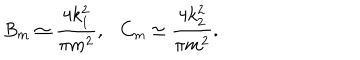
B _ { m } \simeq \frac { 4 k _ { 1 } ^ { 2 } } { \pi m ^ { 2 } } , \ \ \ C _ { m } \simeq \frac { 4 k _ { 2 } ^ { 2 } } { \pi m ^ { 2 } } .